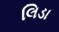
લિડા